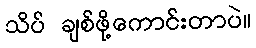
သိပ် ချစ်ဖို့ကောင်းတာပဲ။